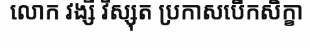
លោក វង្សី វិស្សុត ប្រកាសបើកសិក្ខា